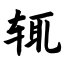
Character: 辄